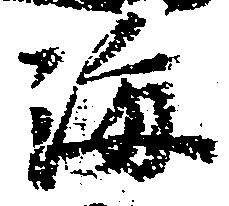
海